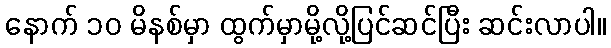
နောက် ၁၀ မိနစ်မှာ ထွက်မှာမို့လို့ပြင်ဆင်ပြီး ဆင်းလာပါ။